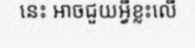
នេះ អាចជួយអ្វីខ្លះលើ